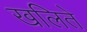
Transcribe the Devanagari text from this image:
खलिते